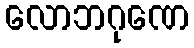
လောဘဂုဏေ